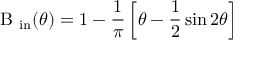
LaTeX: \textrm { B } _ { \mathrm { { i n } } } ( \theta ) = 1 - \frac { 1 } { \pi } \left[ \theta - \frac { 1 } { 2 } \sin 2 \theta \right]